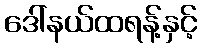
ဒေါ်နယ်ထရန့်နှင့်